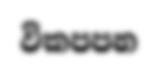
විකපපන